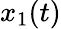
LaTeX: x_{1}(t)